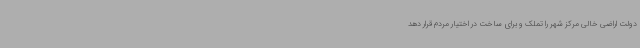
دولت اراضی خالی مرکز شهر را تملک و برای ساخت در اختیار مردم قرار دهد